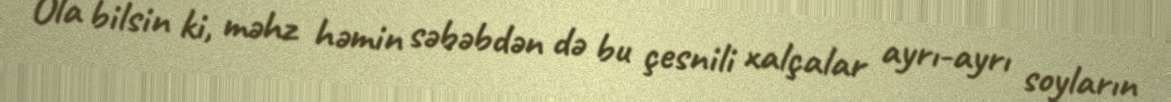
Ola bilsin ki, məhz həmin səbəbdən də bu çesnili xalçalar ayrı-ayrı soyların